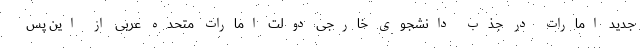
جدید امارات در جذب دانشجوی خارجی دولت امارات متحده‌ عربی از این پس